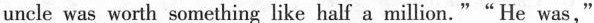
uncle was worth something like half a million.""He was."